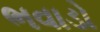
ભવાડો